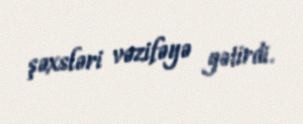
şəxsləri vəzifəyə gətirdi.